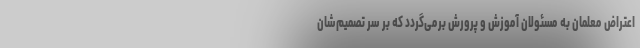
اعتراض معلمان به مسئولان آموزش و پرورش برمی‌گردد که بر سر تصمیم‌شان